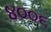
૪૦૦૬